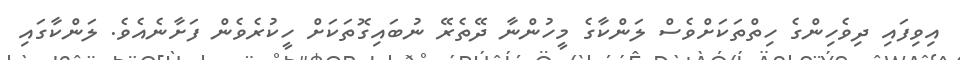
އިވިފައި ދިވެހިންގެ ހިތްތަކަށްވެސް ލަންކާގެ މީހުންނާ ދޭތެރޭ ނުބައިގޮތަކަށް ހީކުރެވެން ފަށާނެއެެވެ. ލަންކާގައި